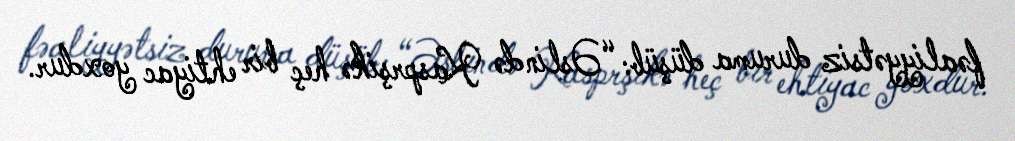
fəaliyyətsiz duruma düşüb: “Əslində Kasprşikə heç bir ehtiyac yoxdur.